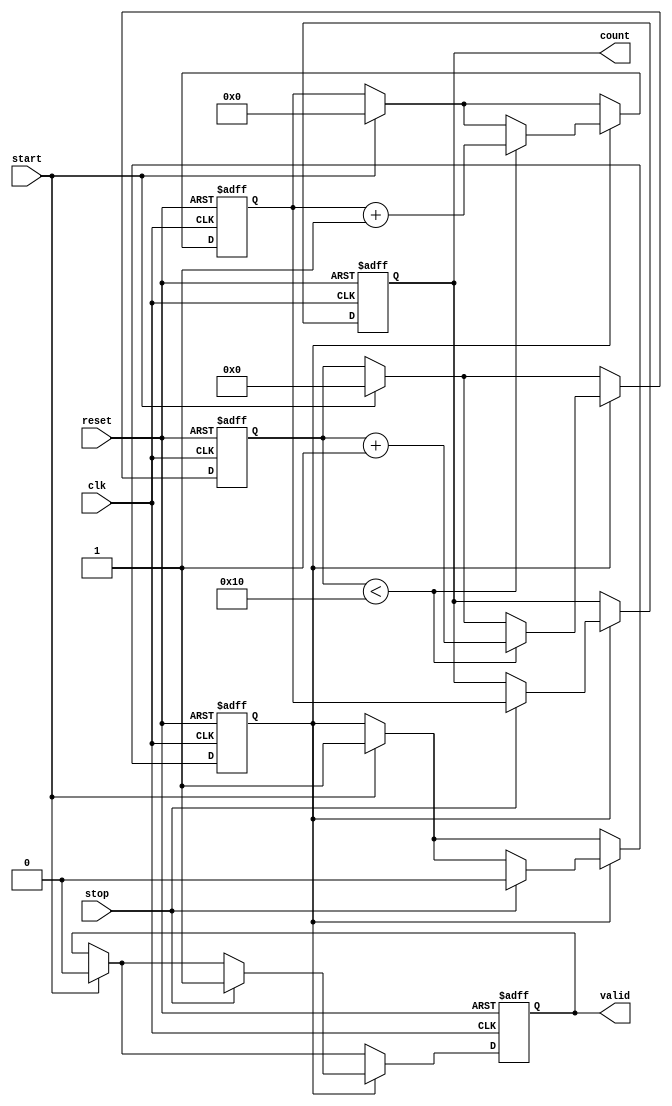
module TDC (
    input wire clk,            // System clock
    input wire start,          // Start signal
    input wire stop,           // Stop signal
    input wire reset,          // Reset signal
    output reg [15:0] count,   // Output count value
    output reg valid           // Valid output signal
);

    // Parameters
    parameter DELAY_COUNT = 16; // Number of delay elements
    parameter DELAY_UNIT = 1;    // Delay time per unit (in clock cycles)

    // Delay line implementation
    reg [DELAY_COUNT-1:0] delay_line;
    reg [3:0] delay_index;       // Index for delay line
    reg measuring;               // Measuring state flag

    // Counter for delay elements passed
    reg [15:0] counter;

    // Control Logic
    always @(posedge clk or posedge reset) begin
        if (reset) begin
            count <= 0;
            valid <= 0;
            measuring <= 0;
            counter <= 0;
            delay_line <= 0;
            delay_index <= 0;
        end else begin
            if (start) begin
                // Initialize measurement
                measuring <= 1;
                counter <= 0;
                delay_line <= 1; // Activate the first delay element
                delay_index <= 0;
                valid <= 0;
            end
            
            if (measuring) begin
                // Shift delay line and increment counter
                if (delay_index < DELAY_COUNT) begin
                    delay_line <= {delay_line[DELAY_COUNT-2:0], 1'b0}; // Shift delay line
                    delay_index <= delay_index + 1;
                    counter <= counter + 1;
                end
                
                // Stop measuring on stop signal
                if (stop) begin
                    measuring <= 0;
                    count <= counter; // Capture the count value
                    valid <= 1;       // Indicate valid output
                end
            end
        end
    end

endmodule